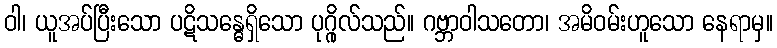
ဝါ၊ ယူအပ်ပြီးသော ပဋိသန္ဓေရှိသော ပုဂ္ဂိုလ်သည်။ ဂဗ္ဘာဝါသတော၊ အမိဝမ်းဟူသော နေရာမှ။